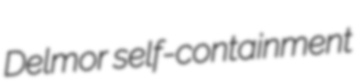
Delmor self-containment